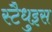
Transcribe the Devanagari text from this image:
स्टैधुइस